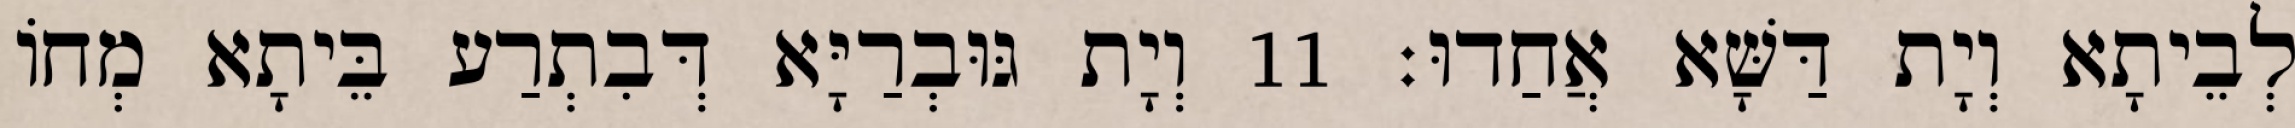
לְבֵיתָא וְיָת דַּשָּׁא אֲחַדוּ׃ 11 וְיָת גּוּבְרַיָּא דְּבִתְרַע בֵּיתָא מְחוֹ